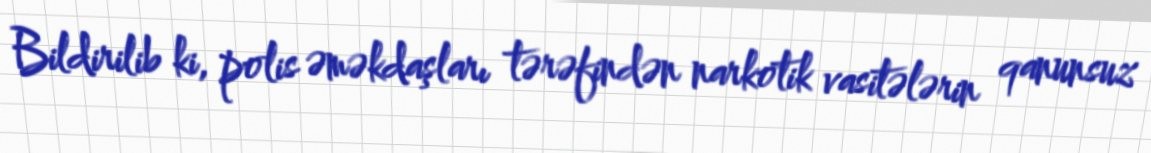
Bildirilib ki, polis əməkdaşları tərəfindən narkotik vasitələrin qanunsuz